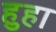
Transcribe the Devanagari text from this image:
हुहा